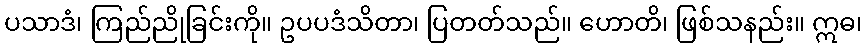
ပသာဒံ၊ ကြည်ညိုခြင်းကို။ ဥပပဒံသိတာ၊ ပြတတ်သည်။ ဟောတိ၊ ဖြစ်သနည်း။ ဣဓ၊